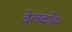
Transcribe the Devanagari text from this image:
वेलकोम